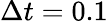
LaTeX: \Delta t=0.1